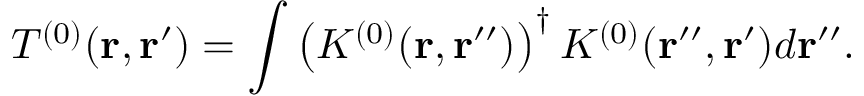
T ^ { ( 0 ) } ( { \bf r , r ^ { \prime } } ) = \int \left( K ^ { ( 0 ) } ( { \bf r , r ^ { \prime \prime } } ) \right) ^ { \dagger } K ^ { ( 0 ) } ( { \bf r ^ { \prime \prime } , r ^ { \prime } } ) d { \bf r ^ { \prime \prime } } .